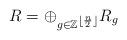
LaTeX: \begin{align*} R=\oplus_{g\in \mathbb{Z}^{\left \lfloor{\frac{n}{2}}\right \rfloor}}R_g\end{align*}